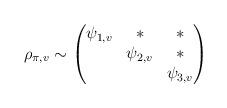
LaTeX: \begin{align*}\rho_{\pi,v} \sim \begin{pmatrix} \psi_{1,v} & * & * \\ & \psi_{2,v} & * \\ & & \psi_{3,v}\end{pmatrix}\end{align*}